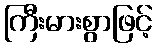
ကြီးမားစွာဖြင့်